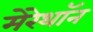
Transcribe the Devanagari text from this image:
मेरेथॉन